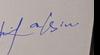
Signature authenticity: genuine